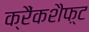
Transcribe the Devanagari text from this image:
क्रैंकशैफ़्ट